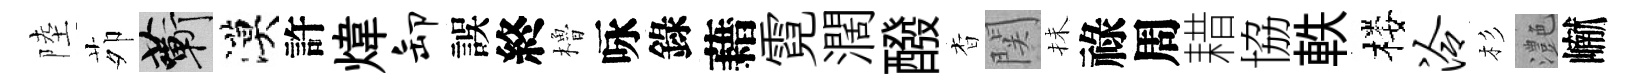
陸茆蔪漠許煒卸誤終櫓咏錄藉霓濶醱杳関抺祿周耤協軼楼泠杉灔𪩘